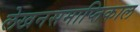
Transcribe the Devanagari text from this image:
लेखनसमाप्तिकाल